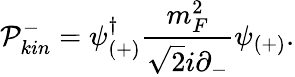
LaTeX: {\cal P}_{kin}^{-}=\psi_{(+)}^{\dagger}\frac{m_{F}^{2}}{\sqrt{2}i\partial_{-}}\psi_{(+)}.